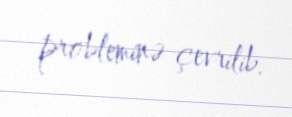
probleminə çevrilib.